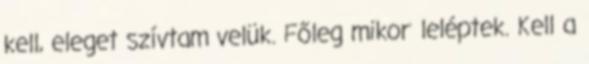
kell, eleget szívtam velük. Főleg mikor leléptek. Kell a